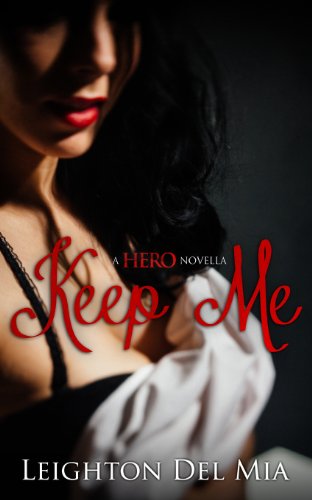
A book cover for Keep Me: A HERO Novella; Leighton Del Mia; Romance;